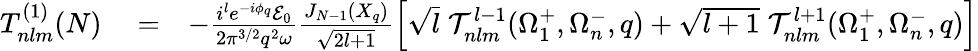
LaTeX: \begin{array}{rlr}{T_{nlm}^{(1)}(N)}&{{}=}&{-\frac{i^{l}e^{-i\phi_{q}}{\cal E}_{0}}{2{\pi}^{3/2}q^{2}\omega}\frac{J_{N-1}(X_{q})}{\sqrt{2l+1}}\left[\sqrt{l}\; {\cal T}_{nlm}^{l-1}(\Omega_{1}^{+},\Omega_{n}^{-},q)+\sqrt{l+1}\; {\cal T}_{nlm}^{l+1}(\Omega_{1}^{+},\Omega_{n}^{-},q)\right]}\end{array}